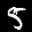
Label: 5